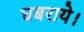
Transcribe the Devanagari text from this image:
घबराये।